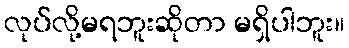
လုပ်လို့မရဘူးဆိုတာ မရှိပါဘူး။